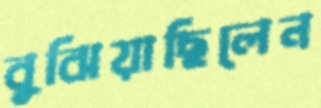
বুঝিয়াছিলেন